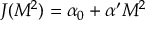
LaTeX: J ( M ^ { 2 } ) = \alpha _ { 0 } + \alpha ^ { \prime } M ^ { 2 }